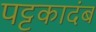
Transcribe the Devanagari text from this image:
पट्टकादंब